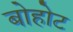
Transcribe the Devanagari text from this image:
बोहोट